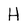
Character: H